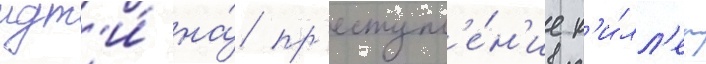
идт'и́ на́ пр'еступл'е́н'ие к'и́лл'ер